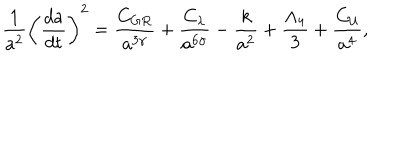
LaTeX: \frac { 1 } { a ^ { 2 } } \left( \frac { d a } { d t } \right) ^ { 2 } = \frac { C _ { G R } } { a ^ { 3 \gamma } } + \frac { C _ { \lambda } } { a ^ { 6 \gamma } } - \frac { k } { a ^ { 2 } } + \frac { \Lambda _ { 4 } } { 3 } + \frac { C _ { \cal U } } { a ^ { 4 } } ,